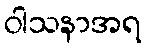
ဝါသနာအရ